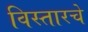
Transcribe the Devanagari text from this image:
विस्तारचे